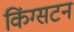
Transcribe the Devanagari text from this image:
किंग्‍सटन